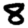
Digit: 8